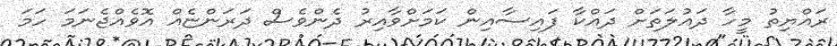
ރައްޔިތު މީހާ ދައުލަތަށް ދައްކާ ފައިސާއިން ކަމަށްވާއިރު ދެންވެސް ދަރަންޏެއް އޮވެއްޖެނަމަ ހަމަ